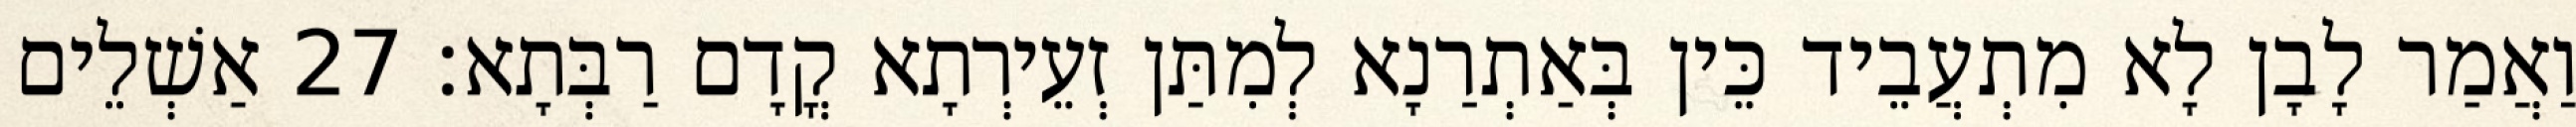
וַאֲמַר לָבָן לָא מִתְעֲבֵיד כֵּין בְּאַתְרַנָא לְמִתַּן זְעֵירְתָא קֳדָם רַבְּתָא׃ 27 אַשְׁלֵים